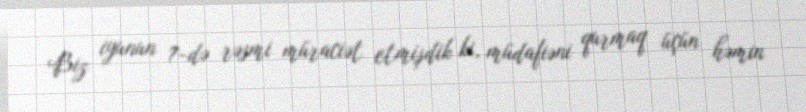
Biz iyunun 7-də rəsmi müraciət etmişdik ki, müdafiəni qurmaq üçün həmin